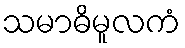
သမာဓိမူလကံ